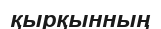
қырқынның